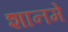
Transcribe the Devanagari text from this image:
शानमे